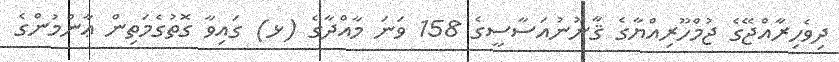
ދިވެހިރާއްޖޭގެ ޖުމްހޫރިއްޔާގެ ޤާނޫނުއަސާސީގެ 158 ވަނަ މާއްދާގެ (ޅ) ގައިވާ ގޮތުގެމަތިން ޢާންމުންގެ